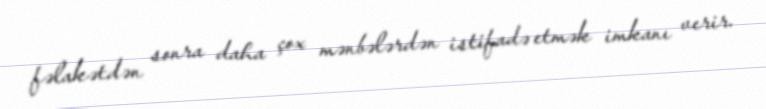
fəlakətdən sonra daha çox mənbələrdən istifadə etmək imkanı verir.